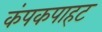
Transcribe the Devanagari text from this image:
कंपकपाहट